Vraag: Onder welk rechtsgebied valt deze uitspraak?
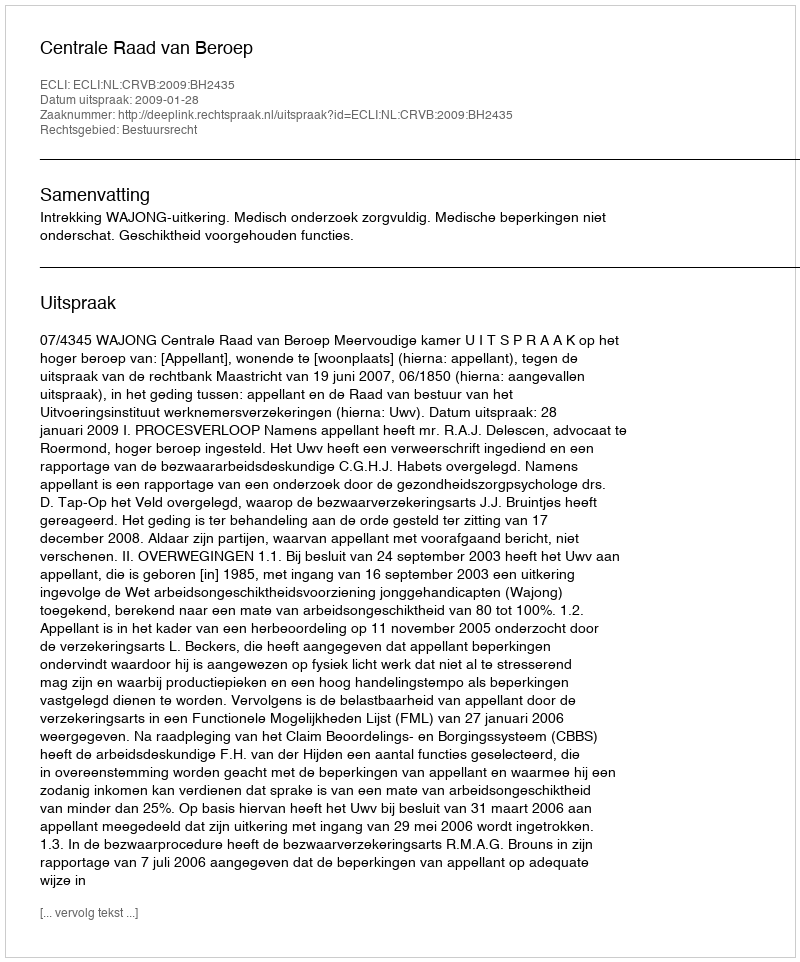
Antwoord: Bestuursrecht